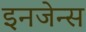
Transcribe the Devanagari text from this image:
इनजेन्स